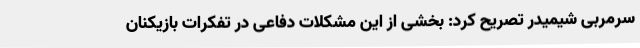
سرمربی شیمیدر تصریح کرد: بخشی از این مشکلات دفاعی در تفکرات بازیکنان